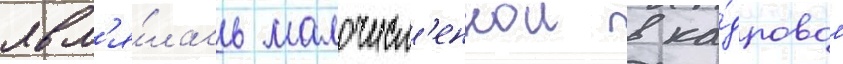
явл'я́лась малочисл'еннои в ка́дровом